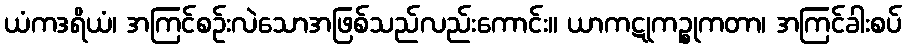
ယံကဒရိယံ၊ အကြင်စဉ်းလဲသောအဖြစ်သည်လည်းကောင်း။ ယာကဋုကဉ္စုကတာ၊ အကြင်ခါးစပ်